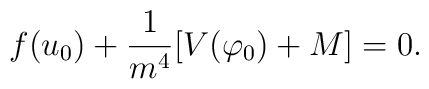
f(u_{0})+\frac{1}{m^{4}}[V(\varphi_{0})+M]=0.